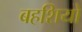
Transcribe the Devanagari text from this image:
बहशियों